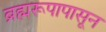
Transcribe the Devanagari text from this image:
ब्रह्मरूपापासून